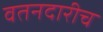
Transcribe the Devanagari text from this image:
वतनदारीच